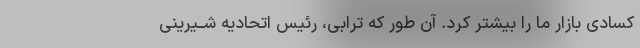
کسادى بازار ما را بیشتر کرد. آن طور که ترابى، رئیس اتحادیه شــیرینى